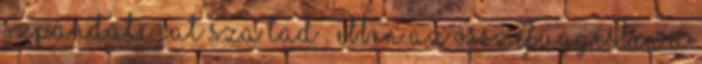
szpandate jat sza tad . Ebben az összefüggésben a